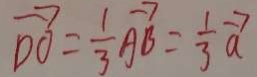
\overrightarrow { D O } = \frac { 1 } { 3 } \overrightarrow { A B } = \frac { 1 } { 3 } \overrightarrow { a }